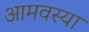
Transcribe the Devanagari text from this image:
आमवस्या